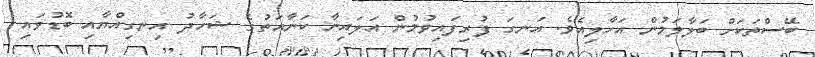
ބޭސްތަކަށް ބަލާލަމުން އަހާލިއެވެ. އަނގަ ފުރިފައިވުމުން އަލައިނާ ކަނާއަތުގެ ޝަހާދު އިނގިއްޔާއި ބޮޑުވައި